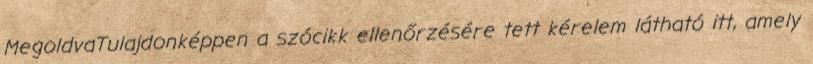
MegoldvaTulajdonképpen a szócikk ellenőrzésére tett kérelem látható itt, amely